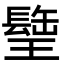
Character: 𤪈